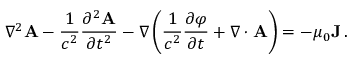
\nabla ^ { 2 } \mathbf { A } - { \frac { 1 } { c ^ { 2 } } } { \frac { \partial ^ { 2 } \mathbf { A } } { \partial t ^ { 2 } } } - \nabla \left( { \frac { 1 } { c ^ { 2 } } } { \frac { \partial \varphi } { \partial t } } + \nabla \cdot \mathbf { A } \right) = - \mu _ { 0 } \mathbf { J } \, .